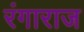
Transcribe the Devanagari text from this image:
रंगाराज